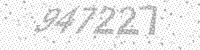
Solution: 947227